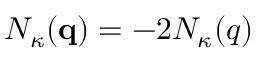
{ \cal N } _ { \kappa } ( { \bf q } ) = - 2 N _ { \kappa } ( q )